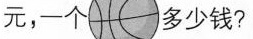
元，一个 多少钱?